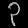
Digit: ၃